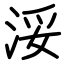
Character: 浽